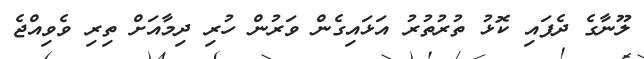
ލޫނާގެ ދެފައި ކޮޅު ތުރުތުރު އަޅައިގެން ވަރުން ހުރި ދިމާއަށް ތިރި ވެވިއްޖެ